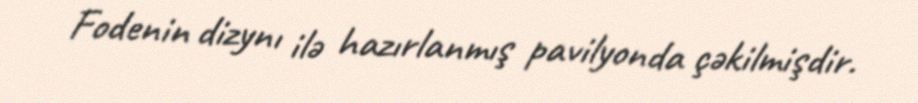
Fodenin dizynı ilə hazırlanmış pavilyonda çəkilmişdir.